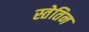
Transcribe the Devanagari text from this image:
स्तेतिन